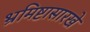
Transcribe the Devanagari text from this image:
भ्रमिष्टासारखे